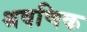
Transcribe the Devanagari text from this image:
श्रवणिक